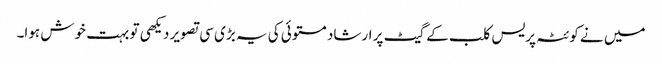
میں نے کوئٹہ پریس کلب کے گیٹ پر ارشاد مستوئی کی یہ بڑی سی تصویر دیکھی تو بہت خوش ہوا۔